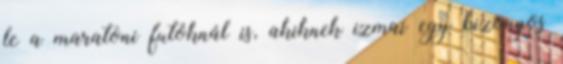
le a maratoni futóknál is, akiknek izmai egy bizonyos